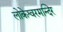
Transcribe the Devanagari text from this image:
लोकेश्वरमन्दिर